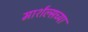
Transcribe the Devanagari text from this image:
मार्शल्सच्या